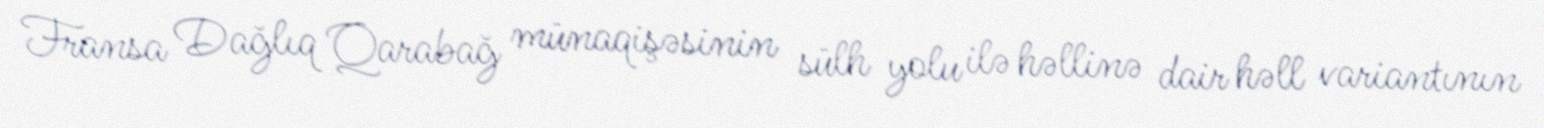
Fransa Dağlıq Qarabağ münaqişəsinin sülh yolu ilə həllinə dair həll variantının